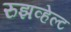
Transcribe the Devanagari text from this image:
रुझव्हेल्ट